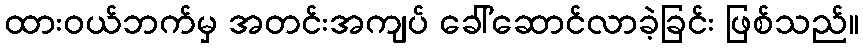
ထားဝယ်ဘက်မှ အတင်းအကျပ် ခေါ်ဆောင်လာခဲ့ခြင်း ဖြစ်သည်။